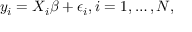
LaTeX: y _ { i } = X _ { i } \beta + \epsilon _ { i } , i = 1 , \ldots , N ,